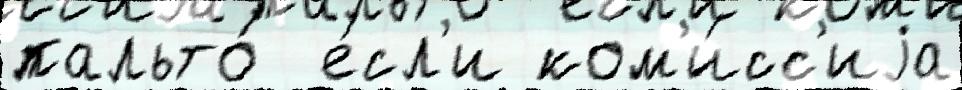
пальто́  е́сл'и ком'и́сс'иjа